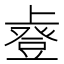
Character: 𫠿